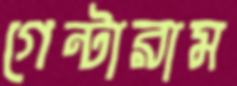
গেন্টারাম